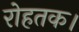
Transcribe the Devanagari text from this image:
रोहतक।